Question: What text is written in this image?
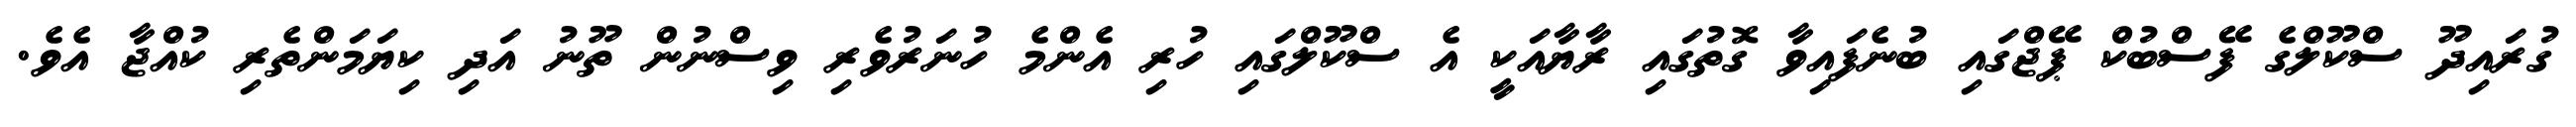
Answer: ގުރައިދޫ ސްކޫލްގެ ފޭސްބުކް ޕޭޖްގައި ބުނެފައިވާ ގޮތުގައި ރާޔާއަކީ އެ ސްކޫލްގައި ހުރި އެންމެ ހުނަރުވެރި ވިސްނުން ތޫނު އަދި ކިޔަމަންތެރި ކުއްޖާ އެވެ.